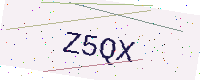
Text: Z5QX